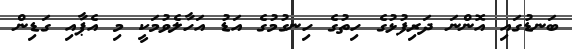
ބަނޑުގައި އޮންނަ ދަރިފުޅުގެ ހިތުގެ ހިނގުމުގެ އަޑު އަހާލެވުމަކީ މި އެޕާއި ގަޑިން